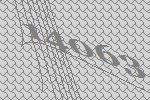
14063